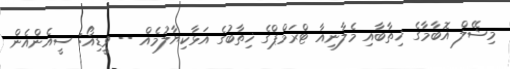
މިޝޭލް އޮބާމާގެ ޚިތާބާއި މެލާނިއާ ޓްރަމްޕްގެ ޚިތާބުގެ އަޅާކިޔާލުމެއް -- ވީޑިއޯ: ސީއެންއެން